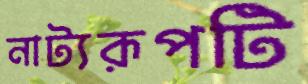
নাট্যরূপটি